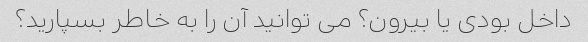
داخل بودی یا بیرون؟ می توانید آن را به خاطر بسپارید؟